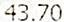
43.70